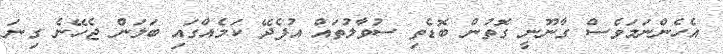
އެހެންނަމަވެސް ގާނޫނީ ގޮތުން ބޮޑެތި ސުވާލުތައް އުފެދޭ ކަމެއްގައި ބަލަން ޖެހޭނެ ގިނަ